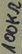
Text: 100KΩ